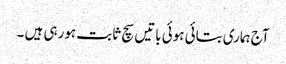
آج ہماری بتائی ہوئی باتیں سچ ثابت ہورہی ہیں ۔